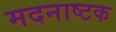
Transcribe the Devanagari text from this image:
मदनाष्टक